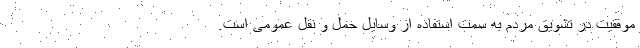
موفقیت در تشویق مردم به سمت استفاده از وسایل حمل و نقل عمومی است.